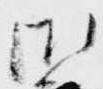
御